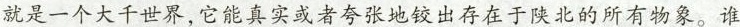
就是一个大千世界，它能真实或者夸张地较出存在于陕北的所有物象。谁